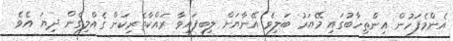
އެންމެފަހުން އިންތިހާބުގައި މޭޔަރު ބަލިވެ އޭނާޔަށް ލިބިފައިވާ ރައްކާތެރިކަން ގެއްލިގެން ދިޔަ އެވެ.